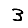
Digit: 3